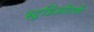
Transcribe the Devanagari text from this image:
स्टुडिओतर्फे